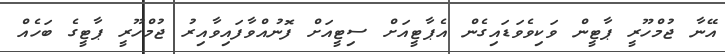
އޭނާ ޖުމްހޫރީ ޕާޓީން ވަކިވެވަޑައިގެން އެޕާޓީއަށް ސިޓީއަށް ފޮނުއްވާފައިވާއިރު ޖުމްހޫރީ ޕާޓީގެ ބަހެއް